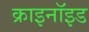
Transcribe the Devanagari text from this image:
क्राइनॉइड